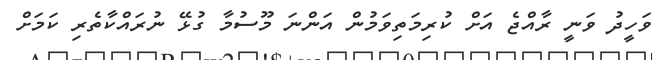
ވަހީދު ވަނީ ރާއްޖެ އަށް ކުރިމަތިވަމުން އަންނަ މޫސުމާ ގުޅޭ ނުރައްކާތެރި ކަމަށް